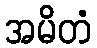
အမိတံ